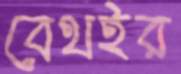
বেথইর